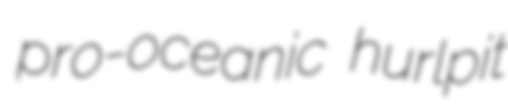
pro-oceanic hurlpit